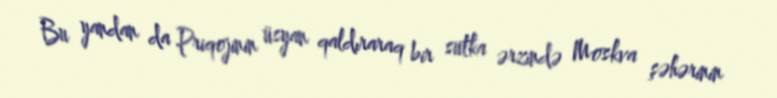
Bu yandan da Priqojinin üsyan qaldıraraq bir sutka ərzində Moskva şəhərinin